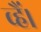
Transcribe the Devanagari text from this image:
व्हैं।